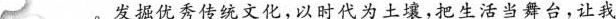
___。发掘优秀传统文化，以时代为土壤，把生活当舞台，让我